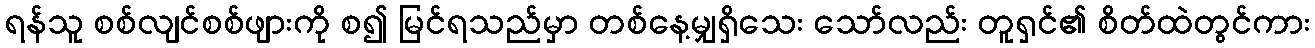
ရန်သူ စစ်လျင်စစ်ဖျားကို စ၍ မြင်ရသည်မှာ တစ်နေ့မျှရှိသေး သော်လည်း တူရှင်၏ စိတ်ထဲတွင်ကား